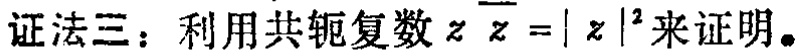
证法三：利用共轭复数\(z\overline{z}=|z|^{2}\)来证明。